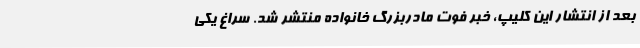
بعد از انتشار این کلیپ، خبر فوت مادربزرگ خانواده منتشر شد. سراغ یکی